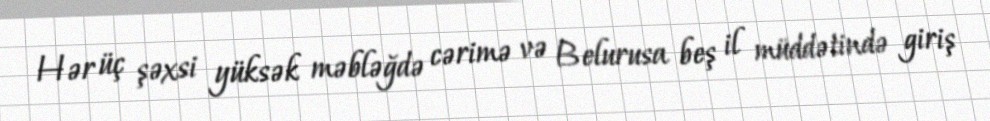
Hər üç şəxsi yüksək məbləğdə cərimə və Belurusa beş il müddətində giriş